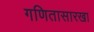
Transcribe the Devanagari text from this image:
गणितासारखा